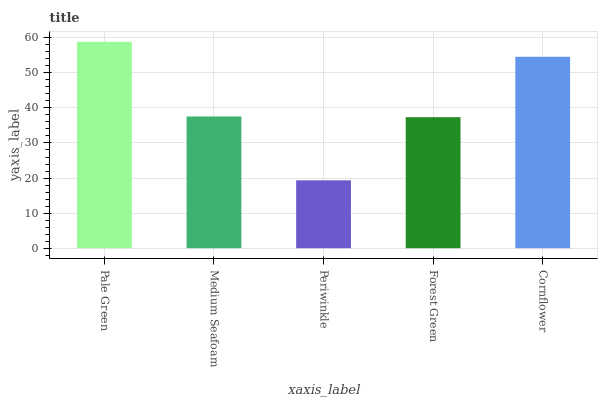
| xaxis_label | bars |
 | --- | --- |
 | Pale Green | 58.8 |
 | Medium Seafoam | 37.6 |
 | Periwinkle | 19.4 |
 | Forest Green | 37.4 |
 | Cornflower | 54.6 |